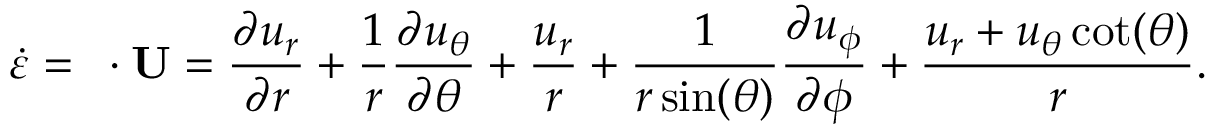
\dot { \varepsilon } = \mathbf { \nabla } \cdot \mathbf { U } = \frac { \partial u _ { r } } { \partial r } + \frac { 1 } { r } \frac { \partial u _ { \theta } } { \partial \theta } + \frac { u _ { r } } { r } + \frac { 1 } { r \sin ( \theta ) } \frac { \partial u _ { \phi } } { \partial \phi } + \frac { u _ { r } + u _ { \theta } \cot ( \theta ) } { r } .